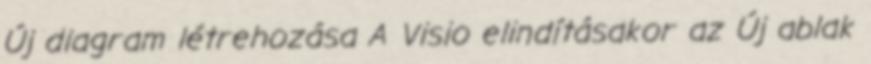
Új diagram létrehozása A Visio elindításakor az Új ablak